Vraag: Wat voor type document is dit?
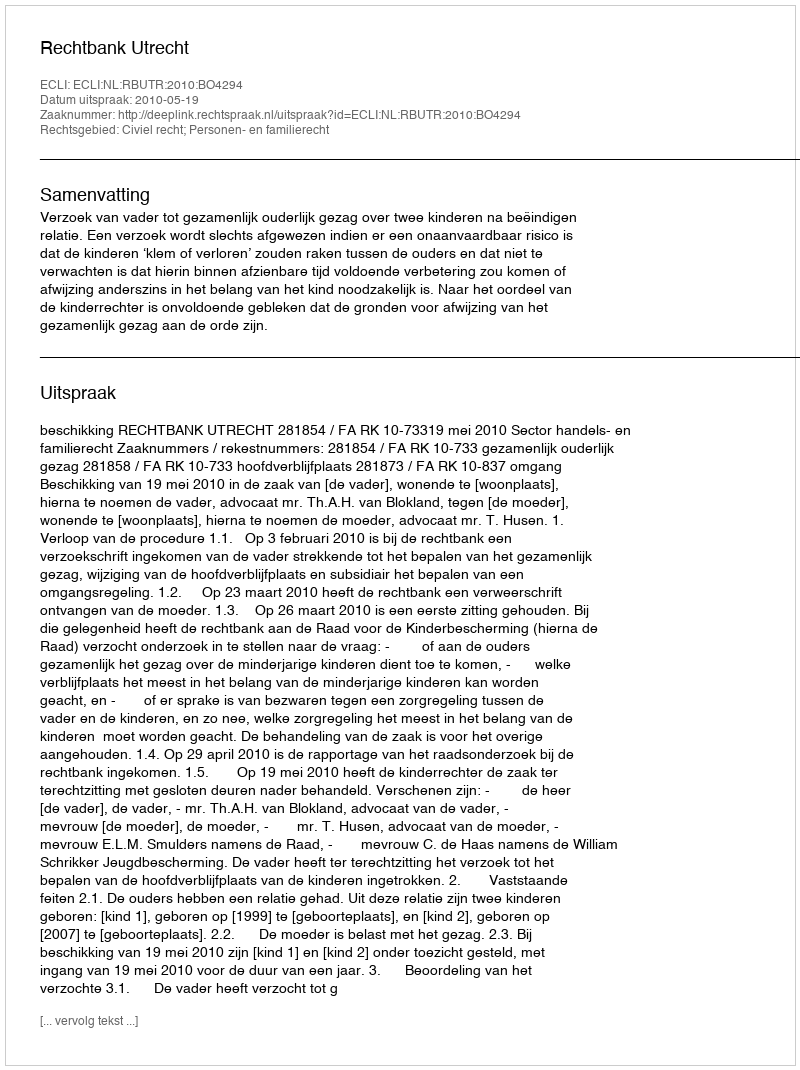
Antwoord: Uitspraak